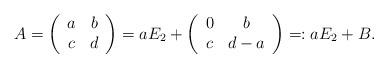
LaTeX: \begin{align*}A=\left(\begin{array}{cc}a&b \\c&d \\\end{array}\right)=aE_2+\left(\begin{array}{cc}0&b \\c&d-a \\\end{array}\right)=:aE_2+B.\end{align*}